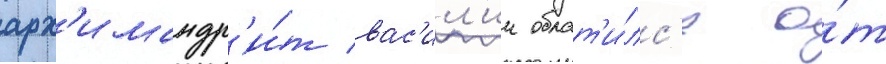
арх'имандр'и́т вас'ил'ии обрат'и́лс'я о́т